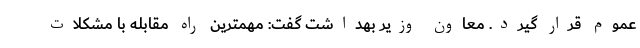
عموم قرار گیرد. معاون وزیر بهداشت گفت: مهمترین راه مقابله با مشکلات